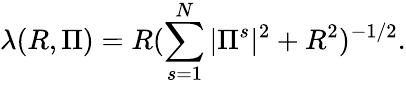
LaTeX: \lambda(R,\Pi)=R(\sum_{s=1}^{N}|\Pi^{s}|^{2}+R^{2})^{-1/2}.